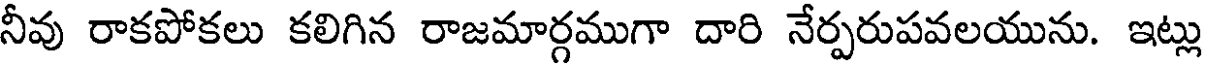
నీవు రాకపోకలు కలిగిన రాజమార్గముగా దారి నేర్పరుపవలయును. ఇట్లు